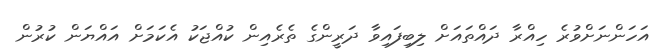
އަހަންނަށްވުރެ ހިއްރާ ދައްތައަށް ލިބިފައިވާ ދަރީންގެ ތެރެއިން ކުއްޖަކު އެކަމަށް އައްޔަން ކުރުން